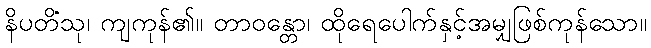
နိပတိံသု၊ ကျကုန်၏။ တာဝန္တော၊ ထိုရေပေါက်နှင့်အမျှဖြစ်ကုန်သော။